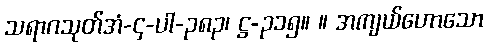
သရာဂသုတ်အံ-၄-ပါ-၃၈၃၊ ဋ္ဌ-၃၁၅။ ။ အကျယ်ဟောသော